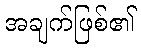
အချက်ဖြစ်၏